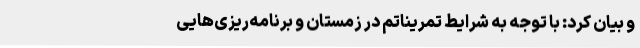
و بیان کرد: با توجه به شرایط تمریناتم در زمستان و برنامه‌ریزی‌هایی